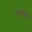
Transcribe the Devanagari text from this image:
पयोनिधि